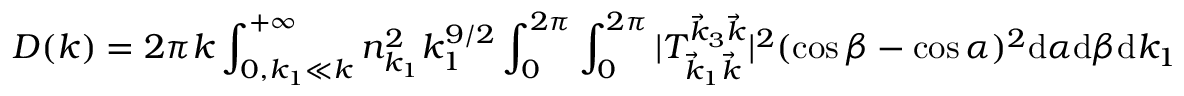
D ( k ) = 2 \pi k \int _ { 0 , k _ { 1 } \ll k } ^ { + \infty } n _ { k _ { 1 } } ^ { 2 } k _ { 1 } ^ { 9 / 2 } \int _ { 0 } ^ { 2 \pi } \int _ { 0 } ^ { 2 \pi } | T _ { \vec { k } _ { 1 } \vec { k } } ^ { \vec { k } _ { 3 } \vec { k } } | ^ { 2 } ( \cos \beta - \cos \alpha ) ^ { 2 } \mathrm d \alpha \mathrm d \beta \mathrm d k _ { 1 }